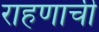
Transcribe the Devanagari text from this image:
राहणाची